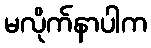
မလိုက်နာပါက